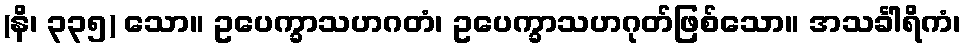
(နိ၊ ၃၃၅) သော။ ဥပေက္ခာသဟဂတံ၊ ဥပေက္ခာသဟဂုတ်ဖြစ်သော။ အသင်္ခါရိကံ၊